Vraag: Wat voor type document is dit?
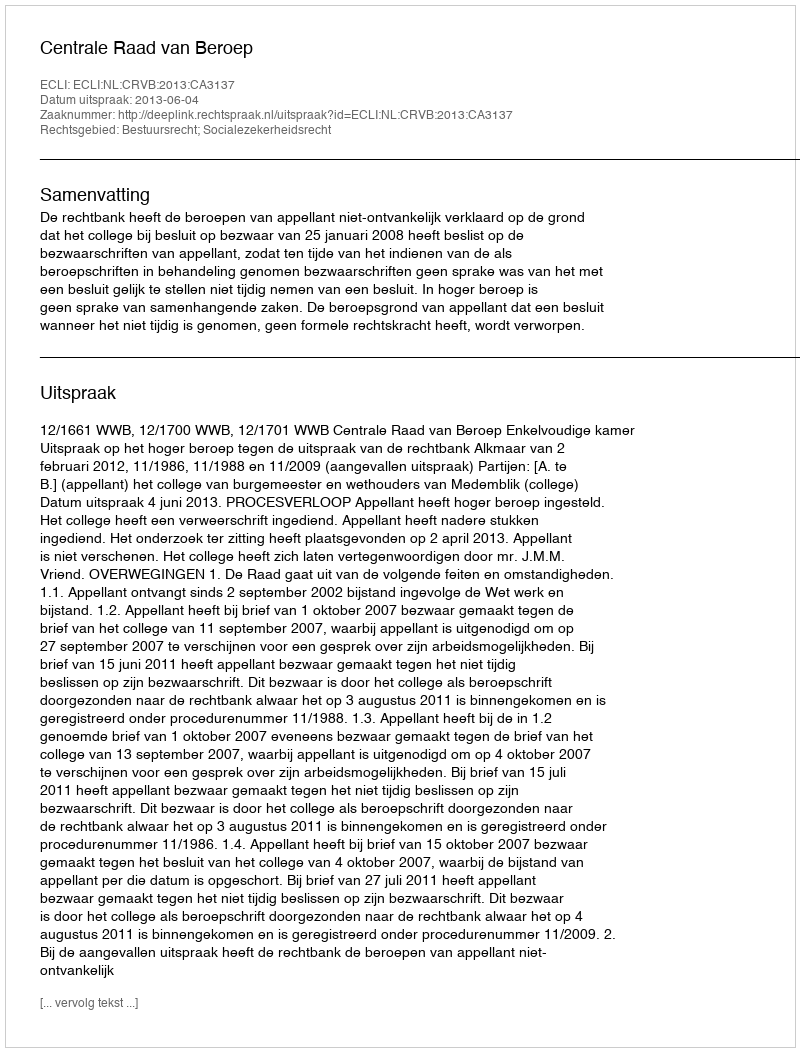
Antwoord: Uitspraak